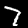
Digit: 7